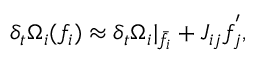
\delta _ { t } \Omega _ { i } ( f _ { i } ) \approx \delta _ { t } \Omega _ { i } \rvert _ { \bar { f } _ { i } } + J _ { i j } f _ { j } ^ { ' } ,